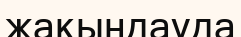
жақындауда